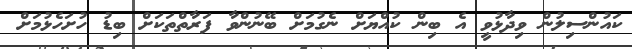
ކައުންސިލުން ވިދާޅުވީ އެ ބިން ކުއްޔަށް ނެގުމަށް ބޭނުންވާ ފަރާތްތަކަށް ބިޑު ހުށަހެޅުމަށް